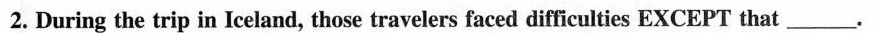
2. During the trip in Iceland, those travelers faced difficulties EXCEPT that___.